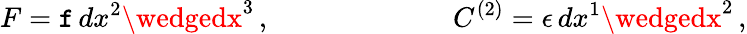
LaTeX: F=\mathtt{f}\, dx^{2}\wedgedx^{3}\, ,\ \ \ \ \ \ \ \ \ \ \ \ \ \ \ \ \ \ \ \ \ \ \ \ \, \ C^{\left(2\right)}=\epsilon\, dx^{1}\wedgedx^{2}\, ,